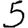
Digit: 5